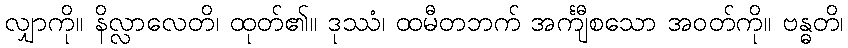
လျှာကို။ နိလ္လာလေတိ၊ ထုတ်၏။ ဒုဿံ၊ ထမီတဘက် အင်္ကျီစသော အဝတ်ကို။ ဗန္ဓတိ၊